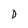
Character: D